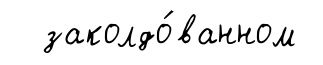
заколдо́ванном